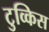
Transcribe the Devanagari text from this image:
टुव्किस